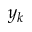
y _ { k }